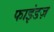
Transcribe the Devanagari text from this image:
फाइंडज़